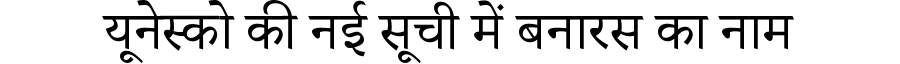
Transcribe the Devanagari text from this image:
यूनेस्को की नई सूची में बनारस का नाम